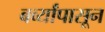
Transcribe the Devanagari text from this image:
बर्व्यांपासून